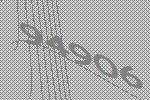
94906